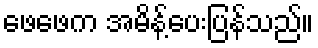
ဖေဖေက အမိန့်ပေးပြန်သည်။